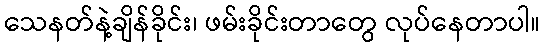
သေနတ်နဲ့ချိန်ခိုင်း၊ ဖမ်းခိုင်းတာတွေ လုပ်နေတာပါ။